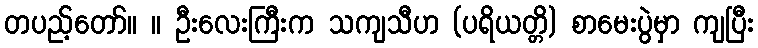
တပည့်တော်။ ။ ဦးလေးကြီးက သကျသီဟ (ပရိယတ္တိ) စာမေးပွဲမှာ ကျပြီး